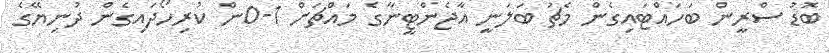
ބޮޑު ސްރީން ބަހައްޓައިގެން މެޗު ބަލަނީ އާޖެންޓީނާގެ މައްޗަށް 1-0ން ކުރިހޯދައިގެން ދުނިޔޭގެ